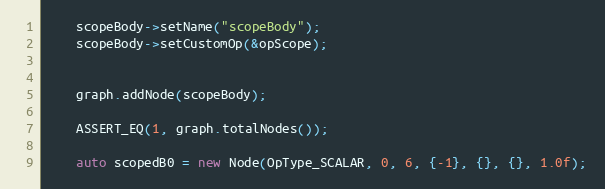
Language: C++
    scopeBody->setName("scopeBody");
    scopeBody->setCustomOp(&opScope);

    graph.addNode(scopeBody);

    ASSERT_EQ(1, graph.totalNodes());

    auto scopedB0 = new Node(OpType_SCALAR, 0, 6, {-1}, {}, {}, 1.0f);